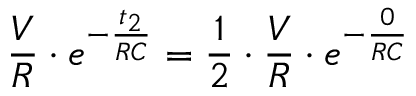
\frac { V } { R } \cdot e ^ { - \frac { t _ { 2 } } { R C } } = \frac { 1 } { 2 } \cdot \frac { V } { R } \cdot e ^ { - \frac { 0 } { R C } }